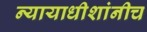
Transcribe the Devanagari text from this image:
न्यायाधीशांनीच